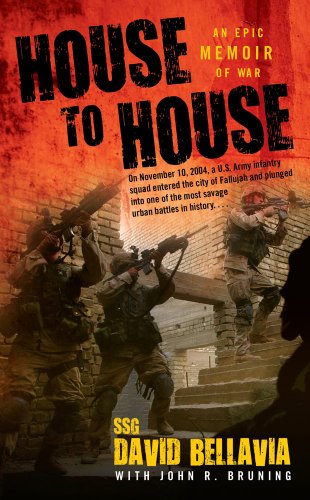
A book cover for House to House: An Epic Memoir of War; Sgt. David Bellavia; History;